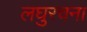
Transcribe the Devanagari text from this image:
लघुरचना